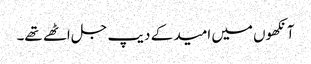
آنکھوں میں امید کے دیپ جل اٹھے تھے۔